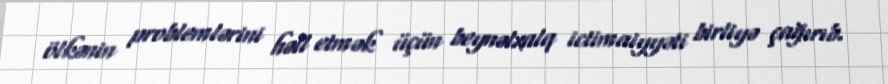
ölkənin problemlərini həll etmək üçün beynəlxalq ictimaiyyəti birliyə çağırıb.